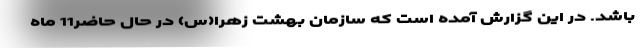
باشد. در این گزارش آمده است که سازمان بهشت زهرا(س) در حال حاضر11 ماه